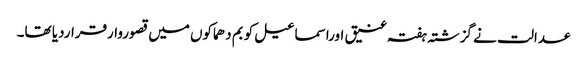
عدالت نے گزشتہ ہفتہ عنیق اوراسماعیل کو بم دھماکوں میں قصوروارقراردیا تھا۔